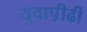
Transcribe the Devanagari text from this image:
युवाप़ीढी